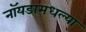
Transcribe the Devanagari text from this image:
नॉयडामधल्या